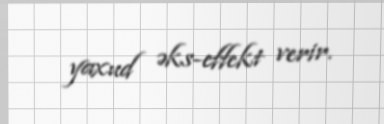
yaxud əks-effekt verir.